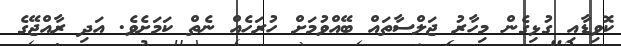
ކޮވިޑާއި ގުޅިގެން މިހާރު ޖަލްސާތައް ބޭއްވުމަށް ހުރަހެއް ނެތް ކަމަށެވެ. އަދި ރާއްޖޭގެ